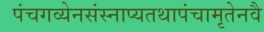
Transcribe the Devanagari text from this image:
पंचगव्येनसंस्नाप्यतथापंचामृतेनवै